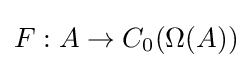
F:A\to C_{0}(\Omega (A))